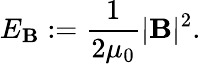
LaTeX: E_{\mathbf{B}}:=\frac{1}{2\mu_{0}}|\mathbf{B}|^{2}.